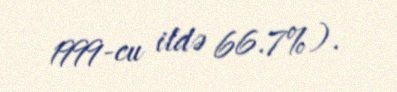
1999-cu ildə 66.7%).